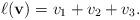
LaTeX: \begin{align*}\ell(\mathbf v)=v_1+v_2+v_3.\end{align*}